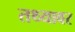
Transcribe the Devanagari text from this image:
तथ्यावर